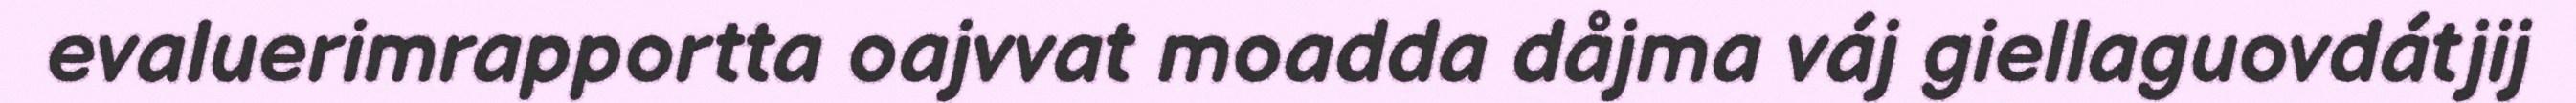
evaluerimrapportta oajvvat moadda dåjma váj giellaguovdátjij